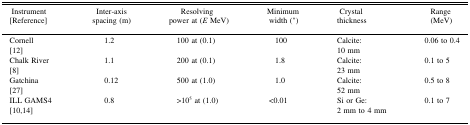
<table><thead><tr><td><b>Instrument [Reference]</b></td><td><b>Inter-axis spacing (m)</b></td><td><b>Resolving power at (<i>E</i> MeV)</b></td><td><b>Minimum width (′′)</b></td><td><b>Crystal thickness</b></td><td><b>Range (MeV)</b></td></tr></thead><tbody><tr><td>Cornell[12]</td><td>1.2</td><td>100 at (0.1)</td><td>100</td><td>Calcite: 10 mm</td><td>0.06 to 0.4</td></tr><tr><td>Chalk River[8]</td><td>1.1</td><td>200 at (0.1)</td><td>1.8</td><td>Calcite: 23 mm</td><td>0.1 to 5</td></tr><tr><td>Gatchina[27]</td><td>0.12</td><td>500 at (1.0)</td><td>1.0</td><td>Calcite: 52 mm</td><td>0.5 to 8</td></tr><tr><td>ILL GAMS4[10,14]</td><td>0.8</td><td>&gt;10<sup>5</sup> at (1.0)</td><td>&lt;0.01</td><td>Si or Ge: 2 mm to 4 mm</td><td>0.1 to 7</td></tr></tbody></table>